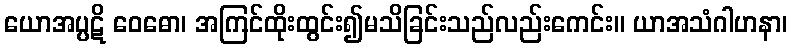
ယောအပ္ပဋိ ဝေဓော၊ အကြင်ထိုးထွင်း၍မသိခြင်းသည်လည်းကေင်း။ ယာအသံဂါဟနာ၊